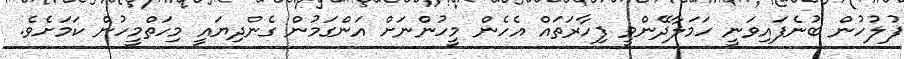
ފުލުހުން ބުނެފައިވަނީ ހަމަލާދޭންވީ ފިހާރަތައް އެހެން މީހުންނަށް އަންގަމުން ގެންދިޔައީ މިހަތްމީހުން ކަމަށެވެ.